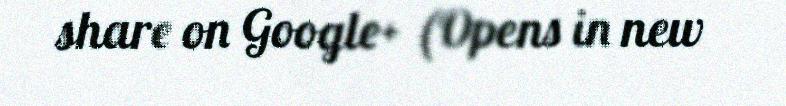
share on Google+ (Opens in new